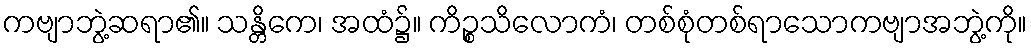
ကဗျာဘွဲ့ဆရာ၏။ သန္တိကေ၊ အထံ၌။ ကိဉ္စသိလောကံ၊ တစ်စုံတစ်ရာသောကဗျာအဘွဲ့ကို။